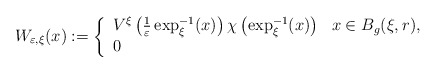
\begin{align*}W_{\varepsilon,\xi}(x):=\left\{\begin{array}[c]{ll}V^{\xi}\left( \frac{1}{\varepsilon}\exp_{\xi}^{-1}(x)\right) \chi\left(\exp_{\xi}^{-1}(x)\right) & x\in B_{g}(\xi,r),\\0 & \end{array}\right.\end{align*}